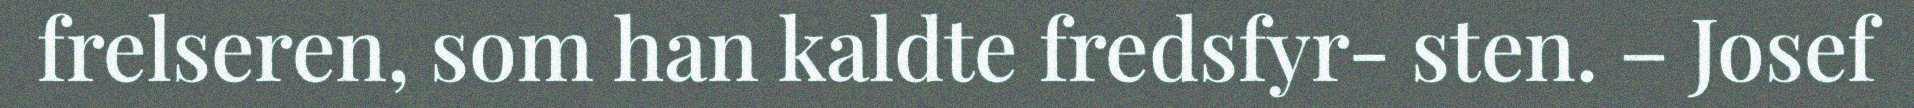
frelseren, som han kaldte fredsfyr- sten. – Josef